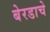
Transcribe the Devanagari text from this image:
बेरडाचे